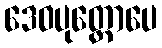
ဒေဝပုတ္တောပေ